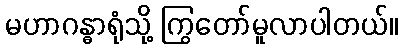
မဟာဂန္ဓာရုံသို့ ကြွတော်မူလာပါတယ်။